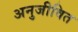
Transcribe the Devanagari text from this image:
अनुजीवित